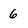
Character: 6